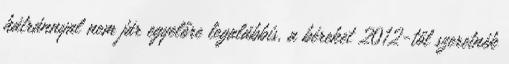
hátránnyal nem jár egyelőre legalábbis, a béreket 2012-től szeretnék